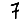
Digit: 7